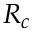
R _ { c }